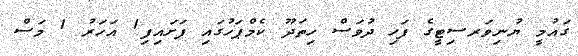
ގައުމީ ޔުނިވަރސިޓީގެ ފަހި ދުވަސް ހިތަދޫ ކެމްޕަހުގައި ފަށައިފި1 އަހަރު 1 މަސް